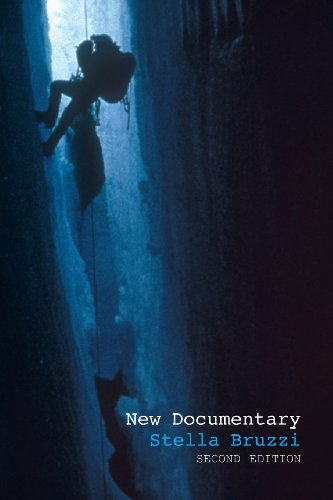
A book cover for New Documentary; Stella Bruzzi; Humor & Entertainment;